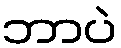
ဘာပဲ